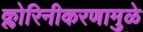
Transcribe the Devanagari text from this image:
क्लोरिनीकरणामुळे